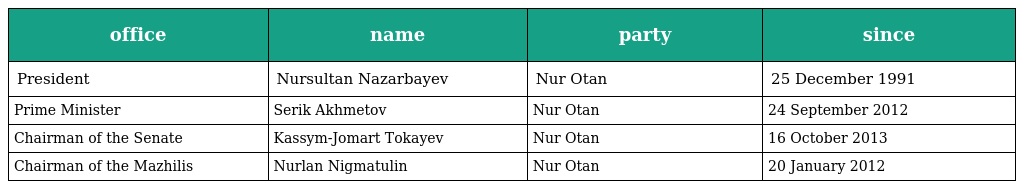
| office | name | party | since |
 | --- | --- | --- | --- |
 | President | Nursultan Nazarbayev | Nur Otan | 25 December 1991 |
 | Prime Minister | Serik Akhmetov | Nur Otan | 24 September 2012 |
 | Chairman of the Senate | Kassym-Jomart Tokayev | Nur Otan | 16 October 2013 |
 | Chairman of the Mazhilis | Nurlan Nigmatulin | Nur Otan | 20 January 2012 |